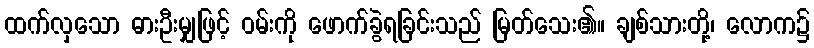
ထက်လှသော ဓားဦးမျှဖြင့် ဝမ်းကို ဖောက်ခွဲရခြင်းသည် မြတ်သေး၏။ ချစ်သားတို့၊ လောက၌